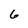
Character: 6